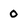
Character: o